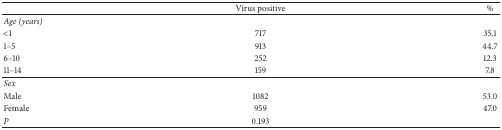
<table><thead><tr><td><b> </b></td><td><b>Virus positive</b></td><td><b>%</b></td></tr></thead><tbody><tr><td><i>Age (years)</i></td><td> </td><td> </td></tr><tr><td>&lt;1</td><td>717</td><td>35.1</td></tr><tr><td>1–5</td><td>913</td><td>44.7</td></tr><tr><td>6–10</td><td>252</td><td>12.3</td></tr><tr><td>11–14</td><td>159</td><td>7.8</td></tr><tr><td><i>Sex</i></td><td> </td><td> </td></tr><tr><td>Male</td><td>1082</td><td>53.0</td></tr><tr><td>Female</td><td>959</td><td>47.0</td></tr><tr><td><i>P</i></td><td>0.193</td><td> </td></tr></tbody></table>